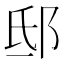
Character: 邸